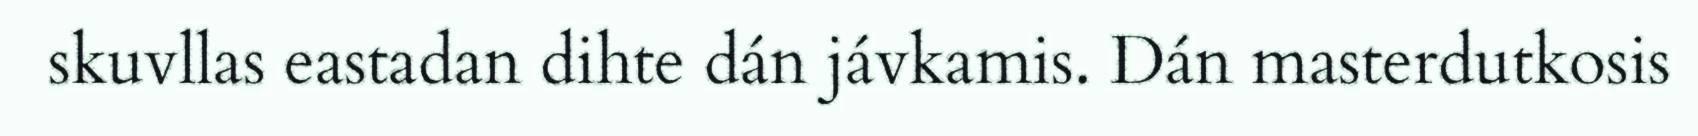
skuvllas eastadan dihte dán jávkamis. Dán masterdutkosis